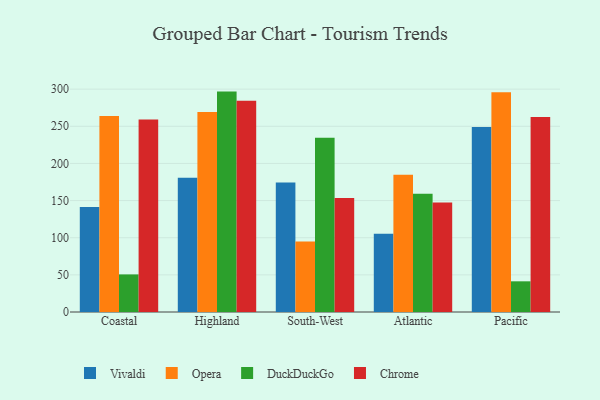
{"axis": {"x": "Region", "y": "Net Income (USD K)"}, "legend": ["Chrome", "DuckDuckGo", "Opera", "Vivaldi"], "data": [{"x": "Coastal", "y": 141.2, "type": "Vivaldi"}, {"x": "Coastal", "y": 264.0, "type": "Opera"}, {"x": "Coastal", "y": 50.6, "type": "DuckDuckGo"}, {"x": "Coastal", "y": 259.0, "type": "Chrome"}, {"x": "Highland", "y": 180.6, "type": "Vivaldi"}, {"x": "Highland", "y": 269.2, "type": "Opera"}, {"x": "Highland", "y": 296.7, "type": "DuckDuckGo"}, {"x": "Highland", "y": 284.4, "type": "Chrome"}, {"x": "South-West", "y": 174.3, "type": "Vivaldi"}, {"x": "South-West", "y": 95.0, "type": "Opera"}, {"x": "South-West", "y": 234.7, "type": "DuckDuckGo"}, {"x": "South-West", "y": 153.3, "type": "Chrome"}, {"x": "Atlantic", "y": 105.2, "type": "Vivaldi"}, {"x": "Atlantic", "y": 184.7, "type": "Opera"}, {"x": "Atlantic", "y": 159.3, "type": "DuckDuckGo"}, {"x": "Atlantic", "y": 147.4, "type": "Chrome"}, {"x": "Pacific", "y": 249.1, "type": "Vivaldi"}, {"x": "Pacific", "y": 295.8, "type": "Opera"}, {"x": "Pacific", "y": 41.3, "type": "DuckDuckGo"}, {"x": "Pacific", "y": 262.6, "type": "Chrome"}]}